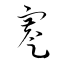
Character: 蹇